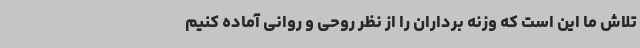
تلاش ما این است که وزنه برداران را از نظر روحی و روانی آماده کنیم